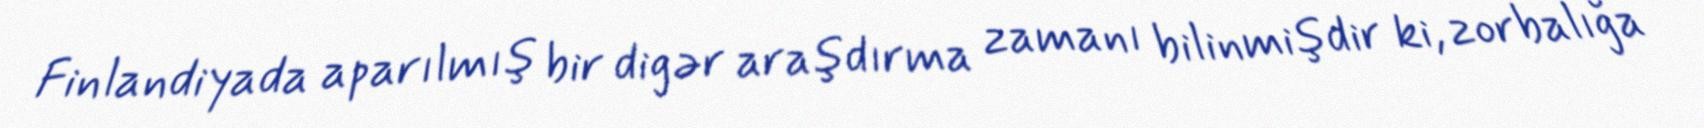
Finlandiyada aparılmış bir digər araşdırma zamanı bilinmişdir ki, zorbalığa